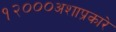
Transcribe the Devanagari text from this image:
१२०००अशाप्रकारे